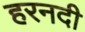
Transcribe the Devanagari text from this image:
हरनदी